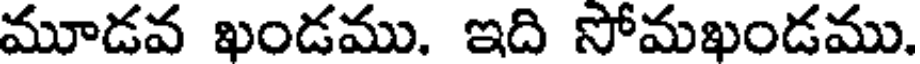
మూడవ ఖండము. ఇది సోమఖండము.